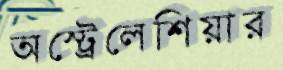
অস্ট্রেলেশিয়ার